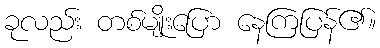
ခုလည်း တစ်မျိုးပြော နေကြပြန်၏။